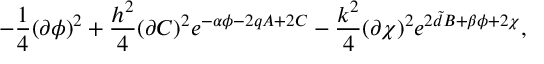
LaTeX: - \frac { 1 } { 4 } ( \partial \phi ) ^ { 2 } + \frac { h ^ { 2 } } { 4 } ( \partial C ) ^ { 2 } e ^ { - \alpha \phi - 2 q A + 2 C } - \frac { k ^ { 2 } } { 4 } ( \partial \chi ) ^ { 2 } e ^ { 2 { \tilde { d } } B + \beta \phi + 2 \chi } ,